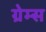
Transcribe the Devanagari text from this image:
ग्रेम्स